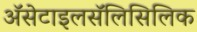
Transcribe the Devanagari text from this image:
ॲसेटाइलसॅलिसिलिक